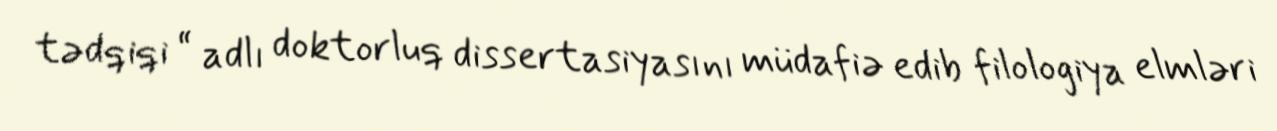
tədqiqi “ adlı doktorluq dissertasiyasını müdafiə edib filologiya elmləri